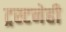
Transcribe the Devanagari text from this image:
ट्रस्टनेही